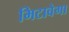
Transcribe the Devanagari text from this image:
मिटावेगा